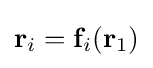
\mathbf {r} _{i}=\mathbf {f} _{i}(\mathbf {r} _{1})